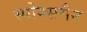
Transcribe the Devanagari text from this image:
स्पोक्समैन